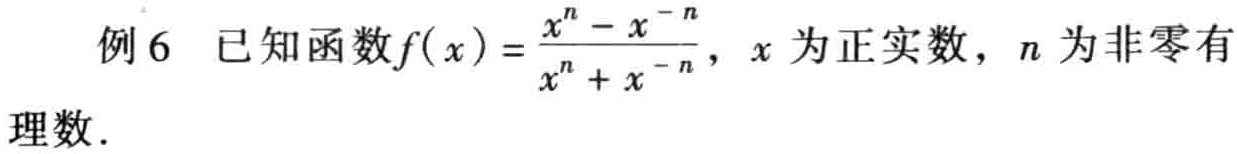
例6 已知函数\(f(x)=\frac{x^{n}-x^{-n}}{x^{n}+x^{-n}}\)，\(x\)为正实数，\(n\)为非零有理数.